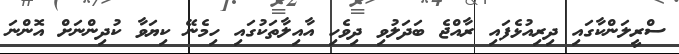
ސްރީލަންކާގައި ދިރިއުޅެފައި ރާއްޖެ ބަދަލުވި ދިވެހި އާއިލާތަކުގައި ހިމެނޭ ކިޔަވާ ކުދިންނަށް އޮންނަ